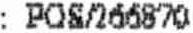
: POS/266870